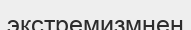
экстремизмнен